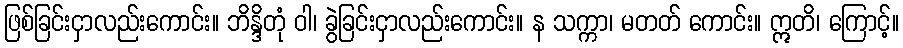
ဖြစ်ခြင်းငှာလည်းကောင်း။ ဘိန္ဒိတုံ ဝါ၊ ခွဲခြင်းငှာလည်းကောင်း။ န သက္ကာ၊ မတတ် ကောင်း။ ဣတိ၊ ကြောင့်။